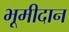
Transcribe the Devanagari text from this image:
भूमीदान